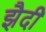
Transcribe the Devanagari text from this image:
झैदी